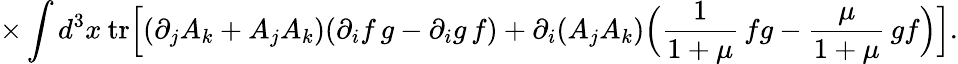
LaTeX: {\times}\int{d^{3}x\: \mathrm{tr}\Bigl[(\partial_{j}A_{k}+A_{j}A_{k})(\partial_{i}f\, g-\partial_{i}g\, f)+\partial_{i}(A_{j}A_{k})\Bigl(\frac{1}{1+\mu}\, fg-\frac{\mu}{1+\mu}\, gf\Bigr)\Bigr]}.